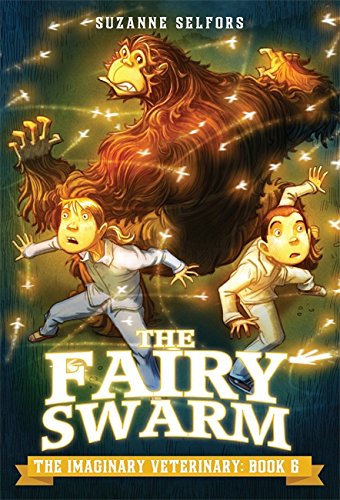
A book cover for The Fairy Swarm (The Imaginary Veterinary); Suzanne Selfors; Children's Books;